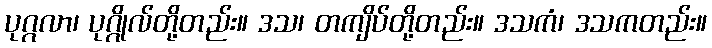
ပုဂ္ဂလာ၊ ပုဂ္ဂိုလ်တို့တည်း။ ဒသ၊ တကျိပ်တို့တည်း။ ဒသကံ၊ ဒသကတည်း။